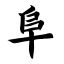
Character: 阜